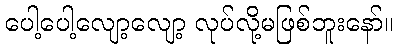
ပေါ့ပေါ့လျော့လျော့ လုပ်လို့မဖြစ်ဘူးနော်။